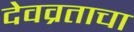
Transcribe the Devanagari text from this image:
देवव्रताचा